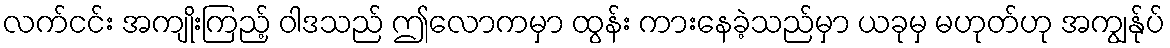
လက်ငင်း အကျိုးကြည့် ဝါဒသည် ဤလောကမှာ ထွန်း ကားနေခဲ့သည်မှာ ယခုမှ မဟုတ်ဟု အကျွန်ုပ်